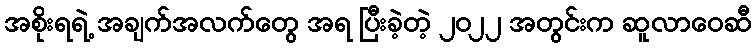
အစိုးရရဲ့ အချက်အလက်တွေ အရ ပြီးခဲ့တဲ့ ၂၀၂၂ အတွင်းက ဆူလာဝေဆီ